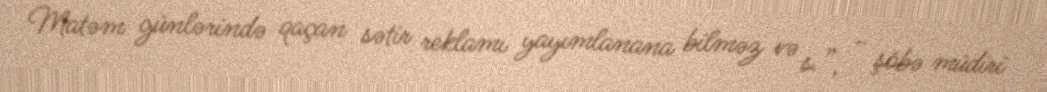
Matəm günlərində qaçan sətir reklamı yayımlanana bilməz və s.”, - şöbə müdiri